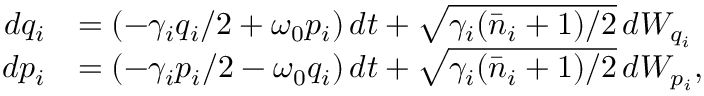
\begin{array} { r l } { d q _ { i } } & { = ( - \gamma _ { i } q _ { i } / 2 + \omega _ { 0 } p _ { i } ) \, d t + \sqrt { \gamma _ { i } ( \bar { n } _ { i } + 1 ) / 2 } \, d W _ { q _ { i } } } \\ { d p _ { i } } & { = ( - \gamma _ { i } p _ { i } / 2 - \omega _ { 0 } q _ { i } ) \, d t + \sqrt { \gamma _ { i } ( \bar { n } _ { i } + 1 ) / 2 } \, d W _ { p _ { i } } , } \end{array}